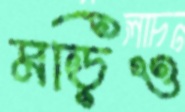
মড়িও